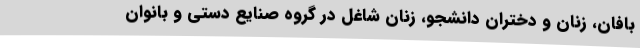
بافان، زنان و دختران دانشجو، زنان شاغل در گروه صنایع دستی و بانوان